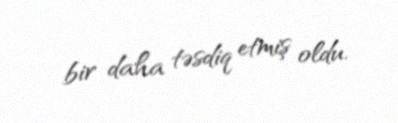
bir daha təsdiq etmiş oldu.